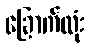
ခြောက်လုံး